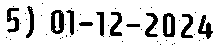
5) 01-12-2024